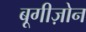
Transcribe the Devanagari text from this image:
बूगीज़ोन